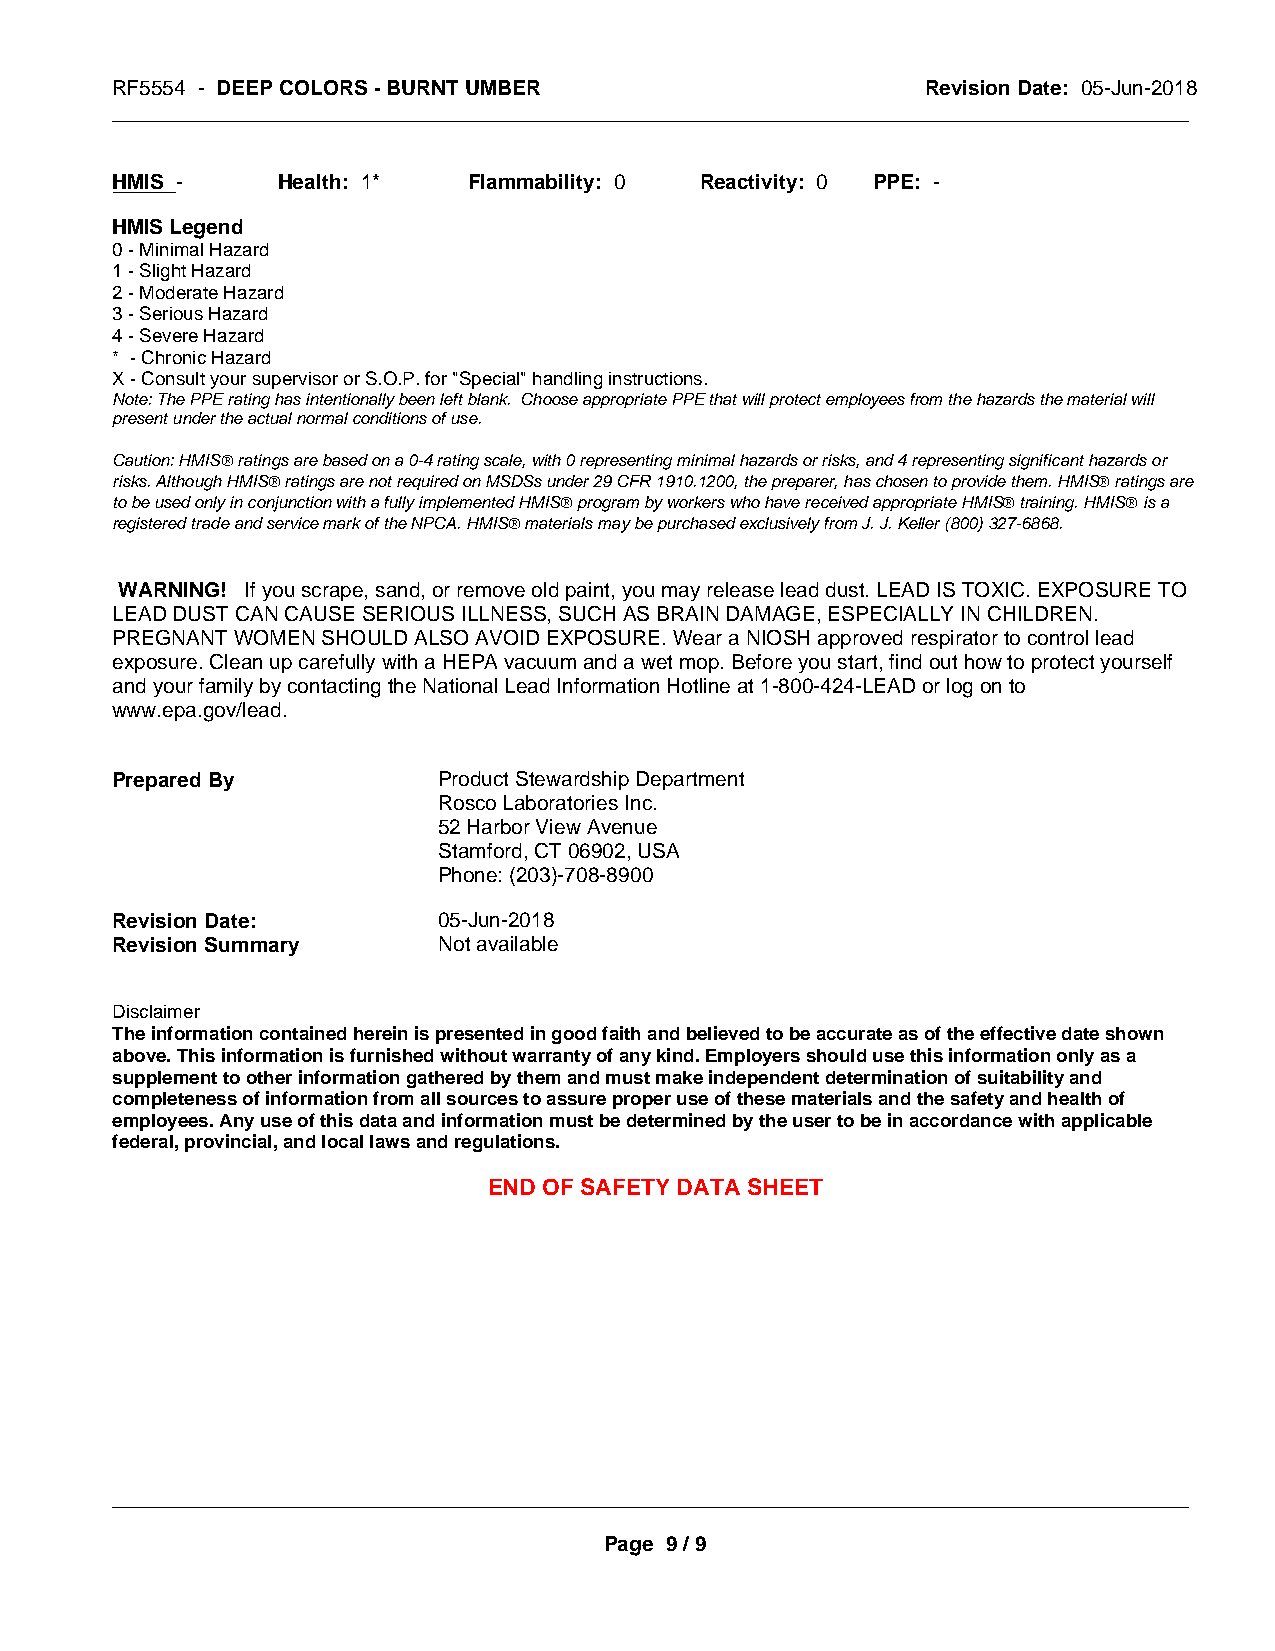
RF5554 - DEEP COLORS - BURNT UMBER                    Revision Date: 05-Jun-2018
 _____________________________________________________________________________________________
 HMIS -     Health: 1*   Flammability: 0 Reactivity: 0 PPE: -
 HMIS Legend
 0 - Minimal Hazard
 1 - Slight Hazard
 2 - Moderate Hazard
 3 - Serious Hazard
 4 - Severe Hazard
 * - Chronic Hazard
 X - Consult your supervisor or S.O.P. for "Special" handling instructions.
 Note: The PPE rating has intentionally been left blank. Choose appropriate PPE that will protect employees from the hazards the material will
 present under the actual normal conditions of use.
 Caution: HMISÒ ratings are based on a 0-4 rating scale, with 0 representing minimal hazards or risks, and 4 representing significant hazards or
 risks. Although HMISÒ ratings are not required on MSDSs under 29 CFR 1910.1200, the preparer, has chosen to provide them. HMISÒ ratings are
 to be used only in conjunction with a fully implemented HMISÒ program by workers who have received appropriate HMISÒ training. HMISÒ is a
 registered trade and service mark of the NPCA. HMISÒ materials may be purchased exclusively from J. J. Keller (800) 327-6868.
 WARNING! If you scrape, sand, or remove old paint, you may release lead dust. LEAD IS TOXIC. EXPOSURE TO
 LEAD DUST CAN CAUSE SERIOUS ILLNESS, SUCH AS BRAIN DAMAGE, ESPECIALLY IN CHILDREN.
 PREGNANT WOMEN SHOULD ALSO AVOID EXPOSURE. Wear a NIOSH approved respirator to control lead
 exposure. Clean up carefully with a HEPA vacuum and a wet mop. Before you start, find out how to protect yourself
 and your family by contacting the National Lead Information Hotline at 1-800-424-LEAD or log on to
 www.epa.gov/lead.
 Prepared By           Product Stewardship Department
 Rosco Laboratories Inc.
 52 Harbor View Avenue
 Stamford, CT 06902, USA
 Phone: (203)-708-8900
 Revision Date:        05-Jun-2018
 Revision Summary      Not available
 Disclaimer
 The information contained herein is presented in good faith and believed to be accurate as of the effective date shown
 above. This information is furnished without warranty of any kind. Employers should use this information only as a
 supplement to other information gathered by them and must make independent determination of suitability and
 completeness of information from all sources to assure proper use of these materials and the safety and health of
 employees. Any use of this data and information must be determined by the user to be in accordance with applicable
 federal, provincial, and local laws and regulations.
 END OF SAFETY DATA SHEET
 _____________________________________________________________________________________________
 Page 9 / 9